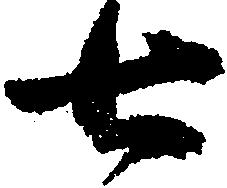
七